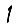
Digit: 1